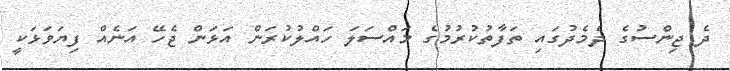
ދެ ޖިންސުގެ ދެމެދުގައި ތަފާތުކުރުމުގެ މައްސަލަ ހައްލުކުރަން އަޅަން ޖެހޭ އަނެއް ފިޔަވަޅަކީ